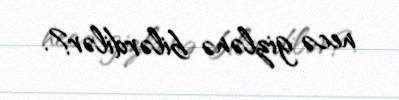
necə gizlənə bilərdilər?.